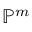
\mathbb { P } ^ { m }